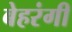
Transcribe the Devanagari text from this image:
बेहरंगी